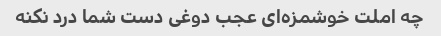
چه املت خوشمزه‌ای عجب دوغی دست شما درد نکنه